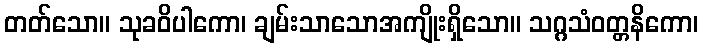
တတ်သော။ သုခဝိပါကော၊ ချမ်းသာသောအကျိုးရှိသော။ သဂ္ဂသံဝတ္တနိကော၊